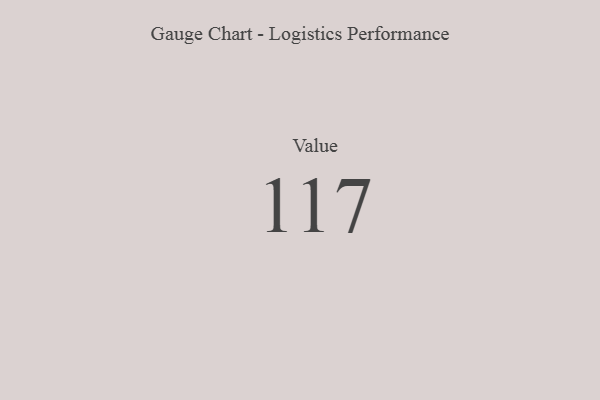
{"axis": {"x": "Metric", "y": "Value"}, "legend": [""], "data": [{"x": "Value", "y": 117, "type": ""}]}